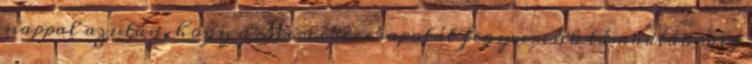
nappal azután, hogy a Mercedes csapatát fegyveresek támadták meg